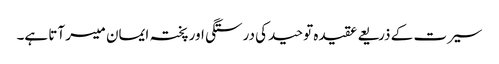
سیرت کے ذریعے عقیدہ توحید کی درستگی اور پختہ ایمان میسر آتا ہے۔